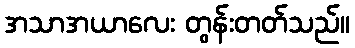
အသာအယာလေး တွန်းတတ်သည်။